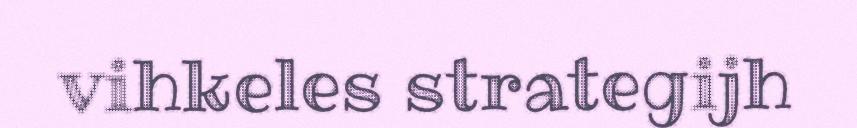
vihkeles strategijh